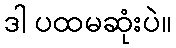
ဒါ ပထမဆုံးပဲ။